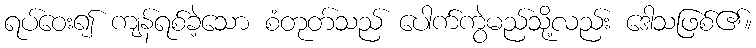
ရပ်ဝေး၍ ကျန်ရစ်ခဲ့သော စံတုတ်သည် ပေါက်ကွဲမည်သို့လည်း ဒေါသဖြစ်၏။